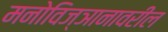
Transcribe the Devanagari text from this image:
मनोविज्ञानावरील